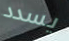
يسدد